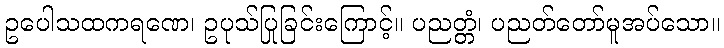
ဥပေါသထကရဏေ၊ ဥပုသ်ပြုခြင်းကြောင့်။ ပညတ္တံ၊ ပညတ်တော်မူအပ်သော။